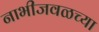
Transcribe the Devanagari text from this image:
नाभीजवळच्या